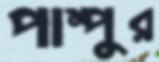
পাম্পুর